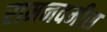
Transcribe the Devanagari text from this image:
रामनवमीस